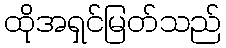
ထိုအရှင်မြတ်သည်